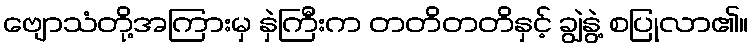
ဗျောသံတို့အကြားမှ နှဲကြီးက တတိတတိနှင့် ချွဲနွဲ့ စပြုလာ၏။